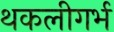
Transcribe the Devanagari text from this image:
थकलीगर्भ